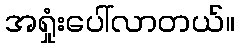
အရှုံးပေါ်လာတယ်။